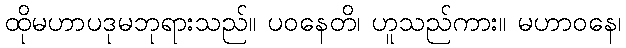
ထိုမဟာပဒုမဘုရားသည်။ ပဝနေတိ၊ ဟူသည်ကား။ မဟာဝနေ၊